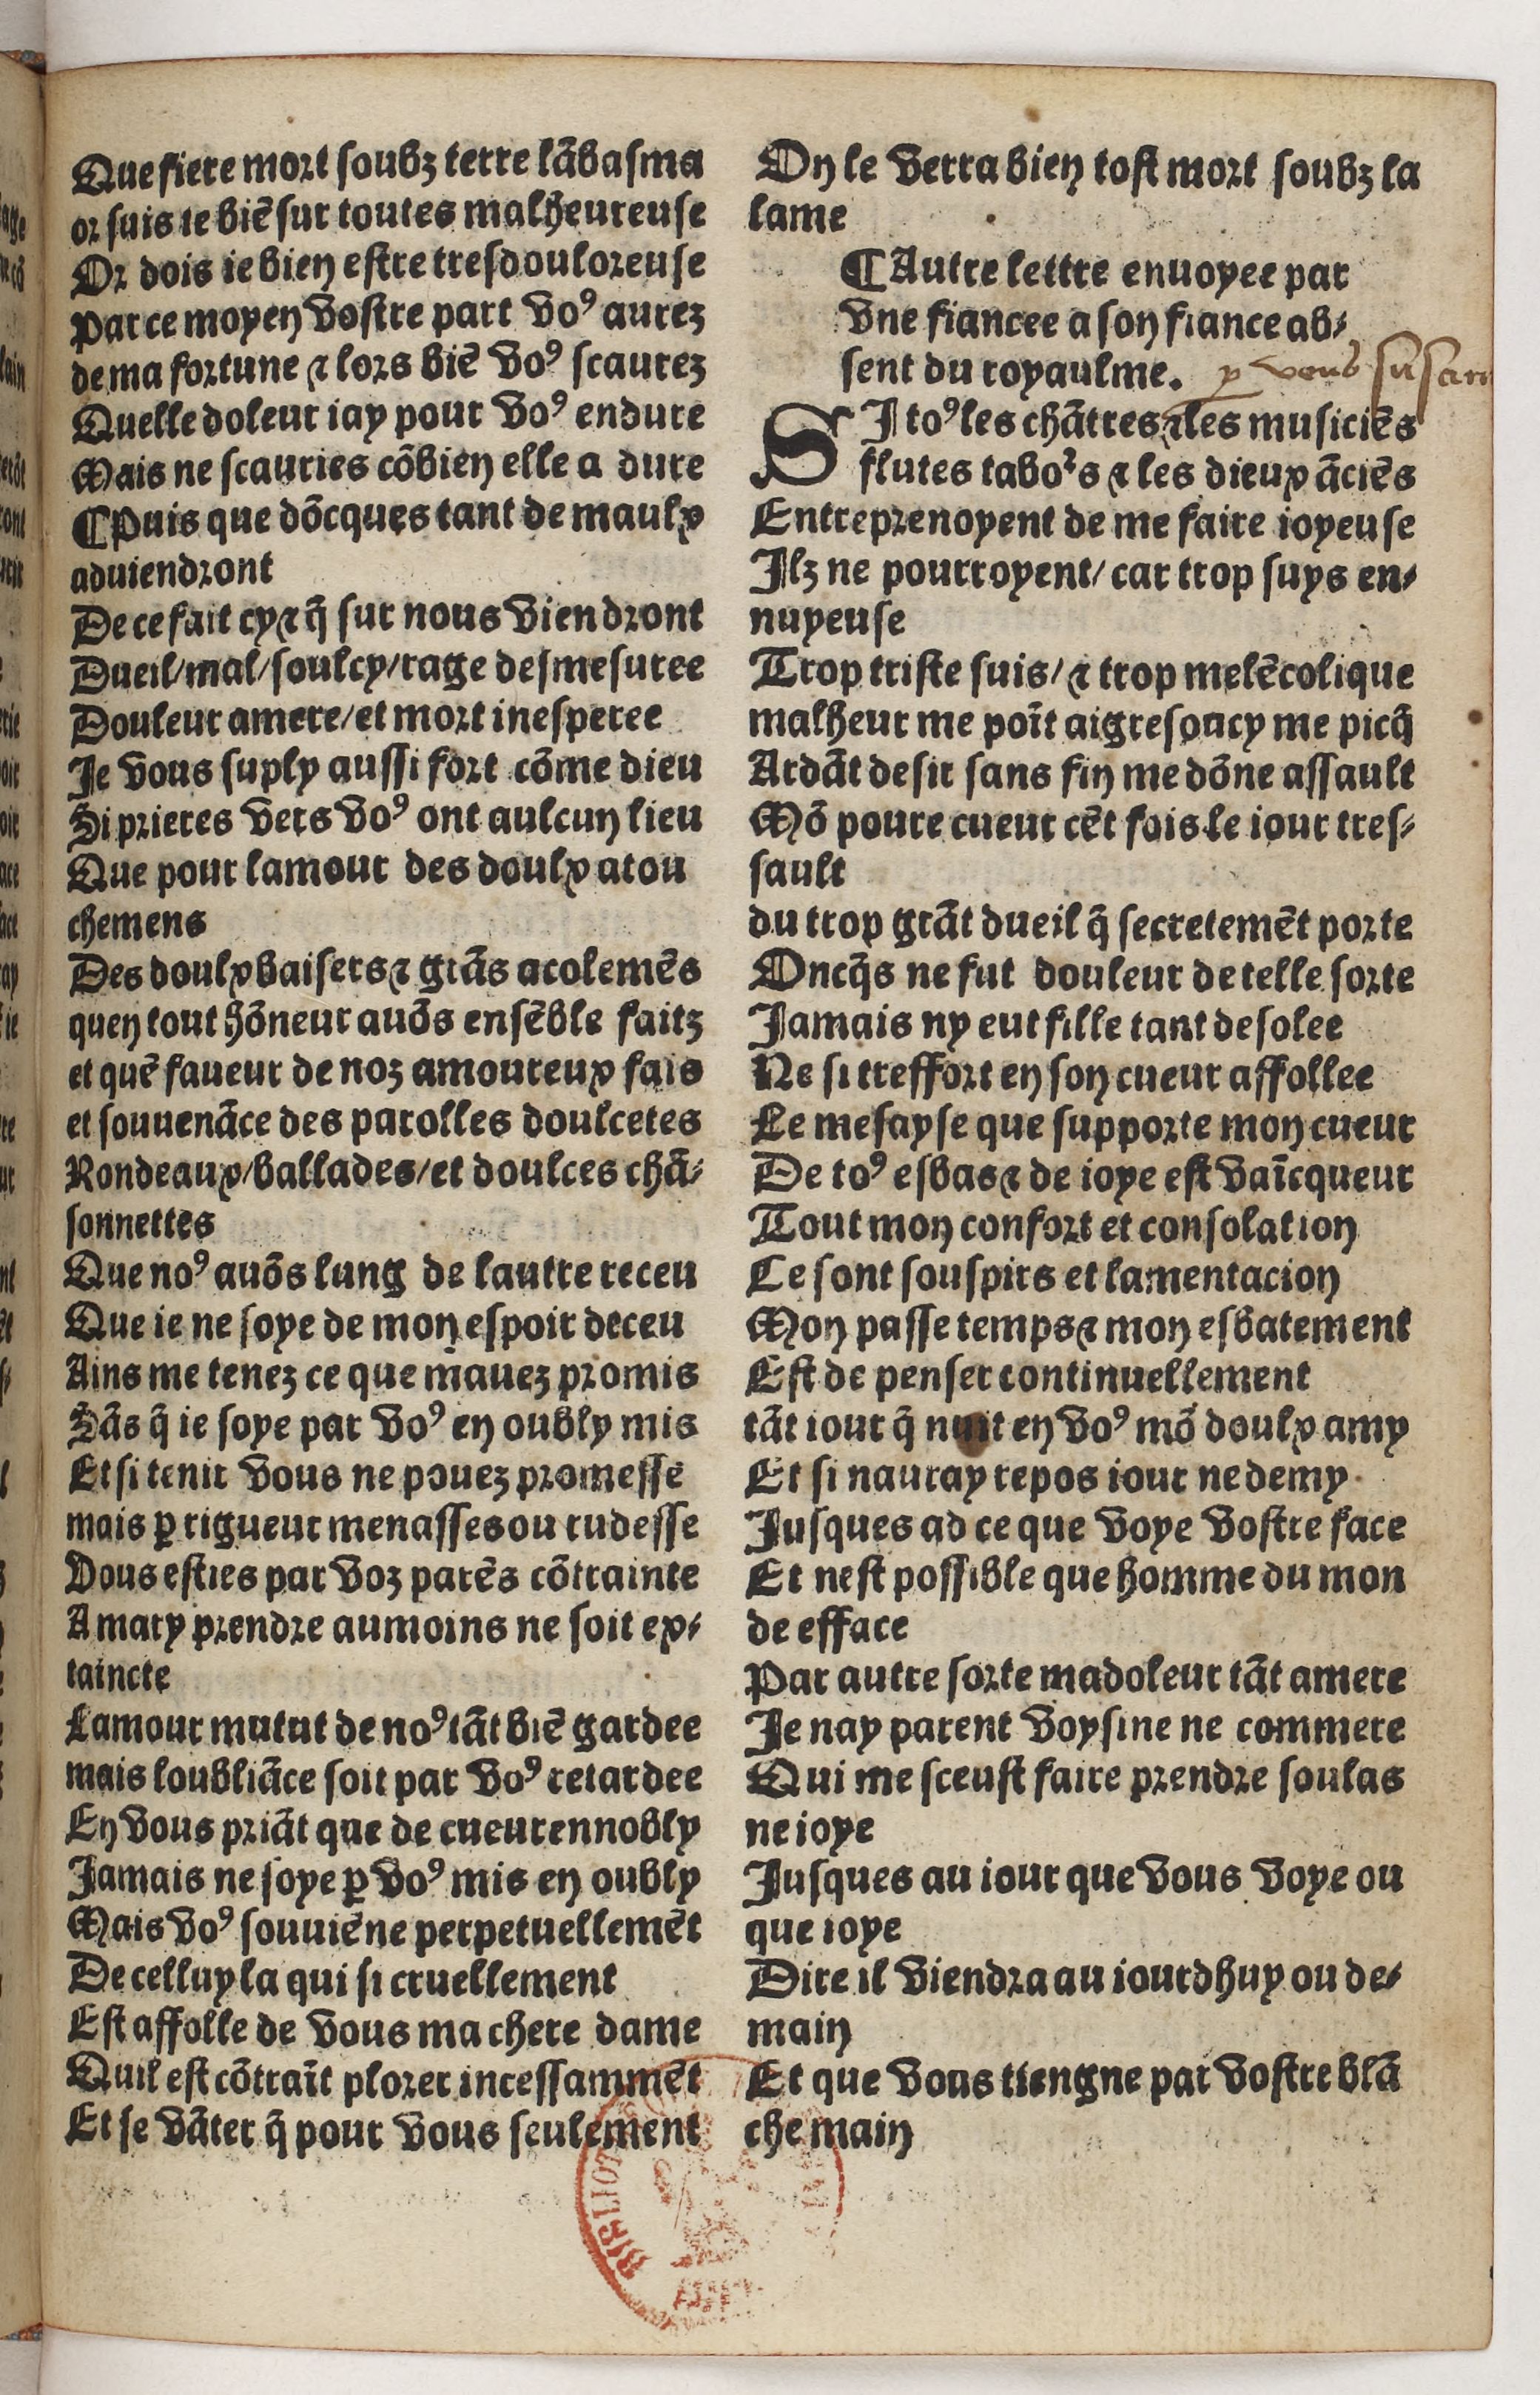
Shelfmark: Paris, BnF, Rés. Y2-930
Century: 15